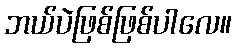
ဘယ်ပဲဖြစ်ဖြစ်ပါလေ။